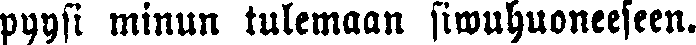
pyysi minun tulemaan siwuhuoneeseen.